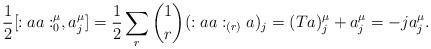
LaTeX: \begin{align*}\frac{1}{2}[:aa:^\mu_0,a^\mu_{j}]=\frac{1}{2}\sum_r\binom{1}{r}(:aa:_{(r)}a)_{j}=(Ta)^\mu_j+a^\mu_j=-j a^\mu_j.\end{align*}